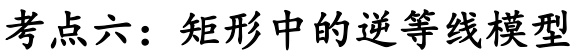
考点六：矩形中的逆等线模型